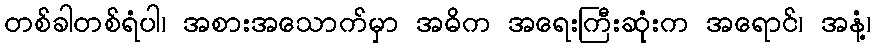
တစ်ခါတစ်ရံပါ၊ အစားအသောက်မှာ အဓိက အရေးကြီးဆုံးက အရောင်၊ အနံ့၊